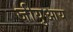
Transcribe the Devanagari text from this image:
जीयुआय